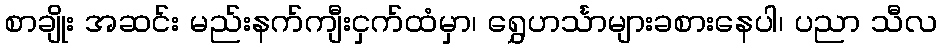
စာချိုး အဆင်း မည်းနက်ကျီးငှက်ထံမှာ၊ ရွှေဟင်္သာများခစားနေပါ၊ ပညာ သီလ